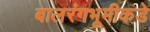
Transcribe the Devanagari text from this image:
बालरंगभूमीकडे